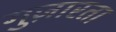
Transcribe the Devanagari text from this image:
गुज़ारता